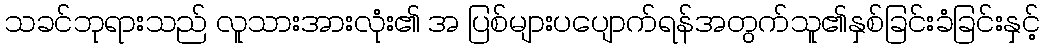
သခင်ဘုရားသည် လူသားအားလုံး၏ အ ပြစ်များပပျောက်ရန်အတွက်သူ၏နှစ်ခြင်းခံခြင်းနှင့်